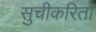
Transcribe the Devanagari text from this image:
सुचीकरिता